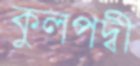
কুলপদ্বী